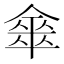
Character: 𠎃